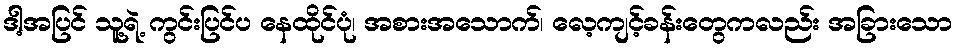
ဒါ့အပြင် သူ့ရဲ့ ကွင်းပြင်ပ နေထိုင်ပုံ၊ အစားအသောက်၊ လေ့ကျင့်ခန်းတွေကလည်း အခြားသော